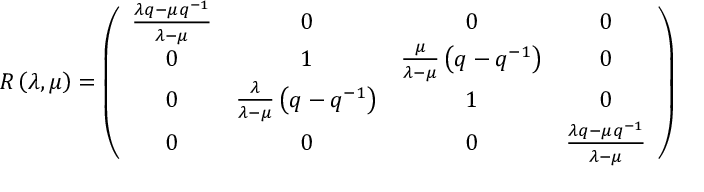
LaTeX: { \cal R } \left( \lambda , \mu \right) = \left( \begin{array} { c c c c } { { \frac { \lambda q - \mu q ^ { - 1 } } { \lambda - \mu } } } & { { 0 } } & { { 0 } } & { { 0 } } \\ { { 0 } } & { { 1 } } & { { \frac \mu { \lambda - \mu } \left( q - q ^ { - 1 } \right) } } & { { 0 } } \\ { { 0 } } & { { \frac \lambda { \lambda - \mu } \left( q - q ^ { - 1 } \right) } } & { { 1 } } & { { 0 } } \\ { { 0 } } & { { 0 } } & { { 0 } } & { { \frac { \lambda q - \mu q ^ { - 1 } } { \lambda - \mu } } } \end{array} \right)